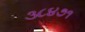
૩૮૪૭૧